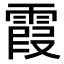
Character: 霞